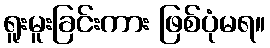
ရူးမူးခြင်းကား ဖြစ်ပုံမရ။